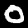
Digit: 0